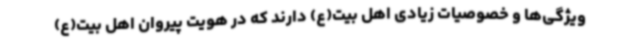
ویژگی‌ها و خصوصیات زیادی اهل بیت(ع) دارند که در هویت پیروان اهل بیت(ع)